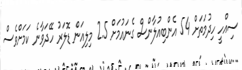
ސިއްހީ ހިދުމަތަށް 54 އެންބިއުލާންސް ގެނައުމަށް 2.5 މިލިއަން ޑޮލަރު ހޭދަވާނެ ކަމަށްވެސް